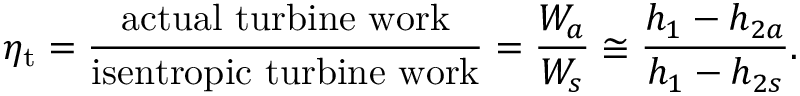
\eta _ { \mathrm { t } } = { \frac { \mathrm { a c t u a l ~ t u r b i n e ~ w o r k } } { \mathrm { i s e n t r o p i c ~ t u r b i n e ~ w o r k } } } = { \frac { W _ { a } } { W _ { s } } } \cong { \frac { h _ { 1 } - h _ { 2 a } } { h _ { 1 } - h _ { 2 s } } } .